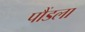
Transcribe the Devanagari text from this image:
पौंडला